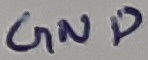
Text: GND